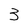
Character: 3